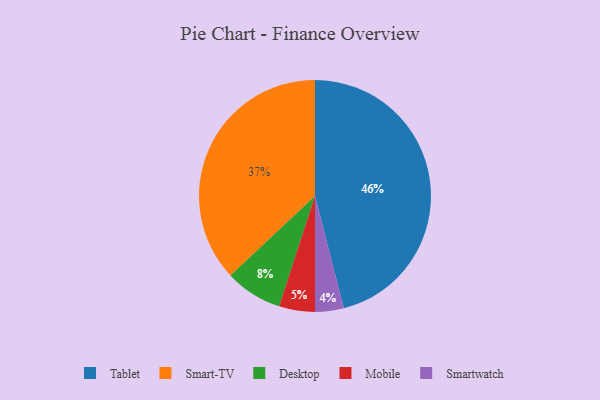
{"axis": {"x": "Category", "y": "Percentage"}, "legend": ["Desktop", "Mobile", "Smart-TV", "Smartwatch", "Tablet"], "data": [{"x": "Smartwatch", "y": 4, "type": "Smartwatch"}, {"x": "Desktop", "y": 8, "type": "Desktop"}, {"x": "Mobile", "y": 5, "type": "Mobile"}, {"x": "Smart-TV", "y": 37, "type": "Smart-TV"}, {"x": "Tablet", "y": 46, "type": "Tablet"}]}